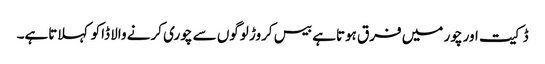
ڈکیت اور چور میں فرق ہوتاہے بیس کروڑ لوگوں سے چوری کرنے والا ڈاکو کہلاتاہے۔